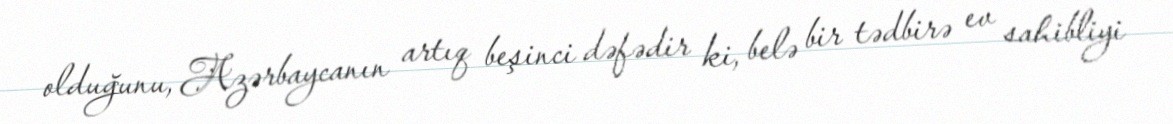
olduğunu, Azərbaycanın artıq beşinci dəfədir ki, belə bir tədbirə ev sahibliyi